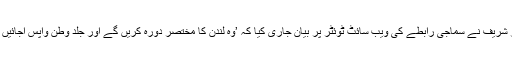
شہباز شریف نے سماجی رابطے کی ویب سائٹ ٹوئٹر پر بیان جاری کیا کہ ’وہ لندن کا مختصر دورہ کریں گے اور جلد وطن واپس آجائیں گے‘۔